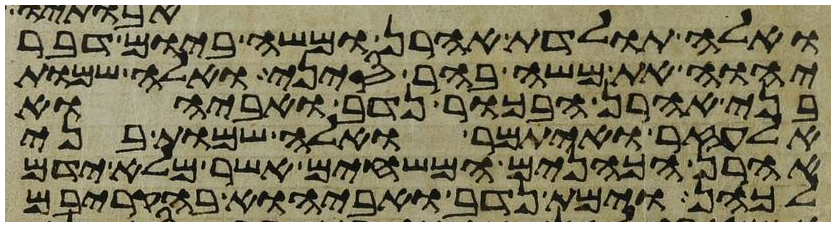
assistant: ואלה תולדת אהרן ומשה ביום דבר
יהוה את משה בהר סיני ואלה שמות
בני אהרן הבכור נדב ואביהוא
אלעזר ואיתמר אלה שמות בני
אהרן הכהנים המשחים אשר מלא ידם
לכהן וימת נדב ואביהוא בהקריבם